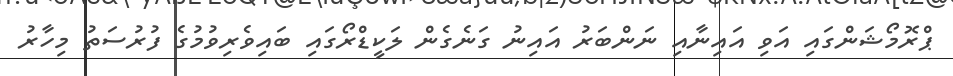
ޕްރޮމޯޝަންގައި އަވި އައިނާއި ނަންބަރު އައިނު ގަނެގެން ލަކީޑްރޯގައި ބައިވެރިވުމުގެ ފުރުސަތު މިހާރު